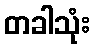
တခါသုံး